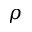
\rho